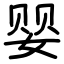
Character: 婴